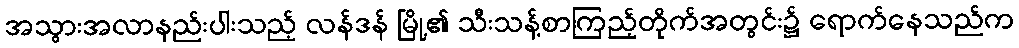
အသွားအလာနည်းပါးသည့် လန်ဒန် မြို့၏ သီးသန့်စာကြည့်တိုက်အတွင်း၌ ရောက်နေသည်က